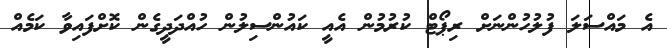
އެ މައްސަލަ ފުލުހުންނަށް ރިޕޯޓް ކުރުމުން އެއީ ކައުންސިލުން ހުއްދަދީގެން ކޮށްފައިވާ ކަމެއް